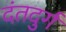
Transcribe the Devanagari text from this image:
दंतदुर्ग